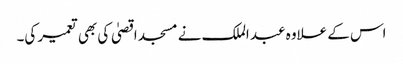
اس کے علاوہ عبد الملک نے مسجد اقصیٰ کی بھی تعمیر کی۔